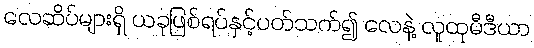
လေဆိပ်များရှိ ယခုဖြစ်ရပ်နှင့်ပတ်သက်၍ လေနဲ့ လူထုမီဒီယာ